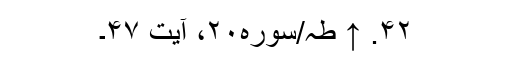
۴۲. ↑ طہ/سوره۲۰، آیت ۴۷۔